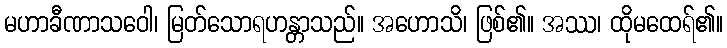
မဟာခီဏာသဝေါ၊ မြတ်သောရဟန္တာသည်။ အဟောသိ၊ ဖြစ်၏။ အဿ၊ ထိုမထေရ်၏။